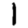
Digit: 1